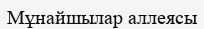
Мұнайшылар аллеясы